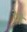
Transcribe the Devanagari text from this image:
प्रेमे